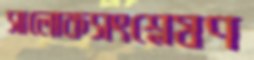
সালোকসংশ্লেষণ